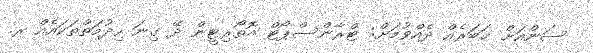
ސަންއަށް ޚަބަރެއް ދެއްވުމަށް: ޓްރާންސްޕޯޓް އޮތޯރިޓީން ދޭ ގިނަ ހިދުމަތްތަކައެއް ރ.